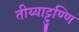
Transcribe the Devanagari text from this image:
तीय्याट्टुण्णि